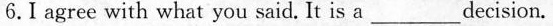
6.I agree with what you said .It is a ___ decision.